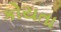
કોયતા